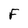
Character: F